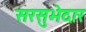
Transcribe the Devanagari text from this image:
सरसुभेदार